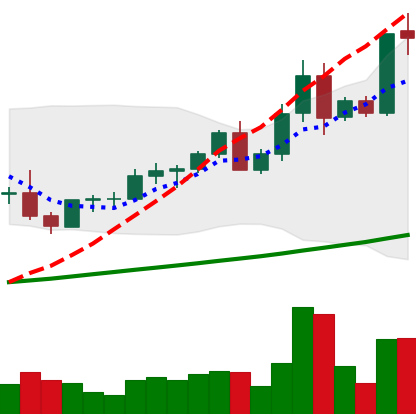
Ticker: LTC-USD
Chart end date: 2021-04-11
Forward return: 22.465%
Label: up_7plus